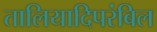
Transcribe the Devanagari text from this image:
तालियादिपरंबिल